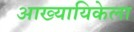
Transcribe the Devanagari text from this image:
आख्यायिकेला